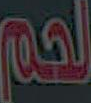
لحم